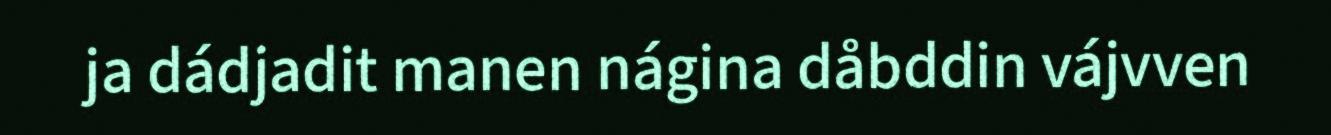
ja dádjadit manen nágina dåbddin vájvven